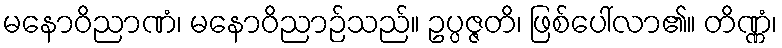
မနောဝိညာဏံ၊ မနောဝိညာဉ်သည်။ ဥပ္ပဇ္ဇတိ၊ ဖြစ်ပေါ်လာ၏။ တိဏ္ဏံ၊